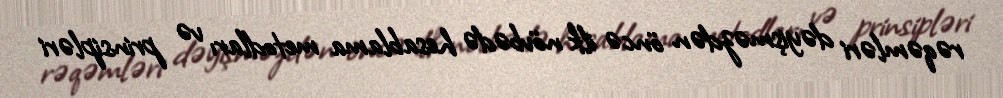
rəqəmləri dəyişməzdən öncə ilk növbədə hesablama metodları və prinsipləri